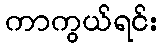
ကာကွယ်ရင်း